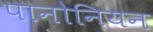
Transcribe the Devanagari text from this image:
पानोनियन